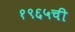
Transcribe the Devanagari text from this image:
१९६५ची